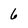
Character: 6